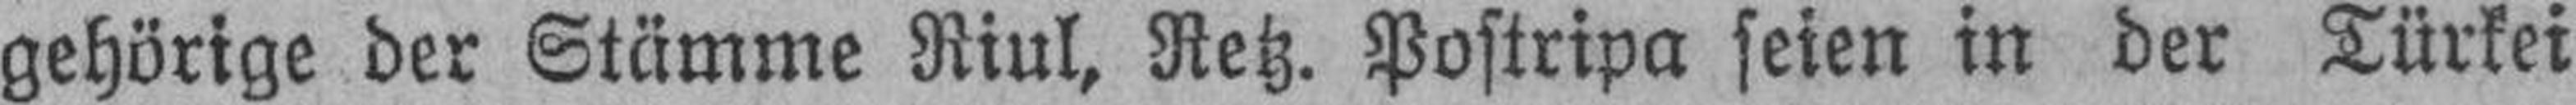
gehörige der Stämme Riul, Retz. Postripa seien in der Türkei